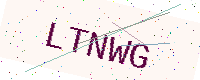
Text: LTNWG